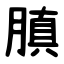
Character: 䐜